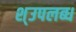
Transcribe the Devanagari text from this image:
श्उपलब्ध